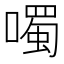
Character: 噣